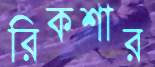
রিকশার